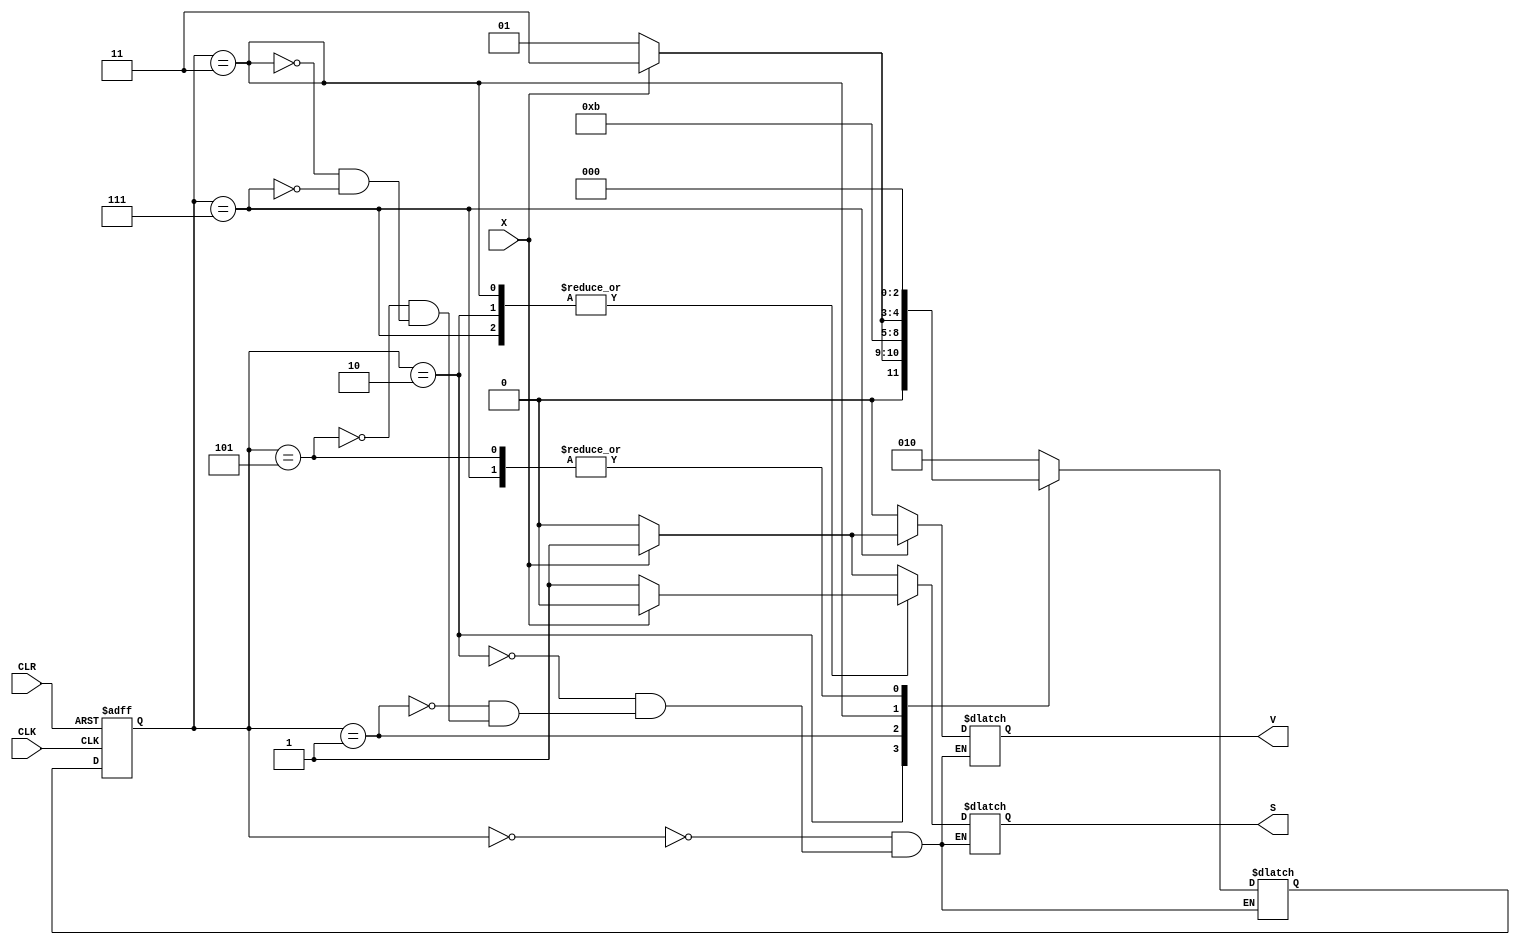
module HW1_add2_behavioral(output  reg S, V,input X, CLK,CLR);

reg [2:0] state, next_state;
parameter S0 = 3'b000, S1 = 3'b010, S2 = 3'b001, S3 = 3'b101, S4 =3'b011, S5 = 3'b111;

always @(posedge CLK, negedge CLR)
  if(CLR==0) state <= S0;
  else  state <= next_state;

always @ (state, X)
  case(state)
   S0: begin 
	if(X) 
		begin 
		  next_state <= S1;
		  S<=1; 
		  V<=0 ;
		end 
	else 
		begin 
		 next_state <=S1;
		  S<=0; 
		  V<=0;
		end 
	end 
   S1: begin 
	if(X) 
		begin 
		  next_state <= S4;
		  S<=0; 
		  V<=0 ;
		end 
	else 
		begin 
		 next_state <=S2;
		  S<=1; 
		  V<=0;
		end 
	end 

   S2: begin 
	if(X) 
		begin 
		  next_state <= S3;
		  S<=1; 
		  V<=0 ;
		end 
	else 
		begin 
		 next_state <=S3;
		  S<=0; 
		  V<=0;
		end 
	end 


   S3: begin 
	if(X) 
		begin 
		  next_state <= S0;
		  S<=1; 
		  V<=0 ;
		end 
	else 
		begin 
		 next_state <=S0;
		  S<=0; 
		  V<=0;
		end 
	end 


   S4: begin 
	if(X) 
		begin 
		  next_state <= S5;
		  S<=0; 
		  V<=0 ;
		end 
	else 
		begin 
		 next_state <=S3;
		  S<=1; 
		  V<=0;
		end 
	end 

   S5: begin 
	if(X) 
		begin 
		  next_state <= S0;
		  S<=0; 
		  V<=1 ;
		end 
	else 
		begin 
		 next_state <=S0;
		  S<=1; 
		  V<=0;
		end 
	end 

endcase 
endmodule